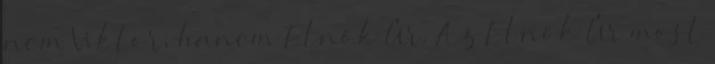
nem Viktor, hanem Elnök Úr. Az El­nök Úr most